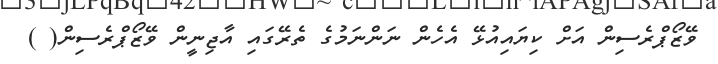
ވޭޒޯޕްރެސިން އަށް ކިޔައިއުޅޭ އެހެން ނަންނަމުގެ ތެރޭގައި އާޖިނީން ވޭޒޯޕްރެސިން( )